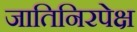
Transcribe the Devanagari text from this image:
जातिनिरपेक्ष